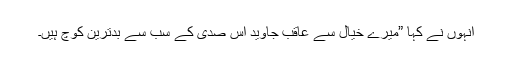
انہوں نے کہا ”میرے خیال سے عاقب جاوید اس صدی کے سب سے بدترین کوچ ہیں۔